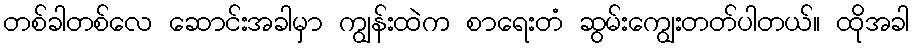
တစ်ခါတစ်လေ ဆောင်းအခါမှာ ကျွန်းထဲက စာရေးတံ ဆွမ်းကျွေးတတ်ပါတယ်။ ထိုအခါ